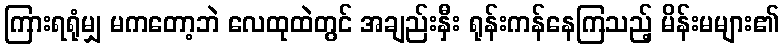
ကြားရရုံမျှ မကတော့ဘဲ လေထုထဲတွင် အချည်းနှီး ရုန်းကန်နေကြသည့် မိန်းမများ၏